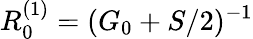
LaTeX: R_{0}^{(1)}=(G_{0}+S/2)^{-1}